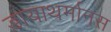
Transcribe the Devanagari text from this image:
डायाथर्मानस